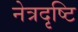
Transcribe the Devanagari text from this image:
नेत्रदृष्टि